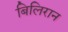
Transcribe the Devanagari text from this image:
बिलिरान